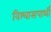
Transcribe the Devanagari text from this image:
विश्वासपार्थी